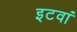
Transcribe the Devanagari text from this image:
इटवां